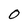
Character: O